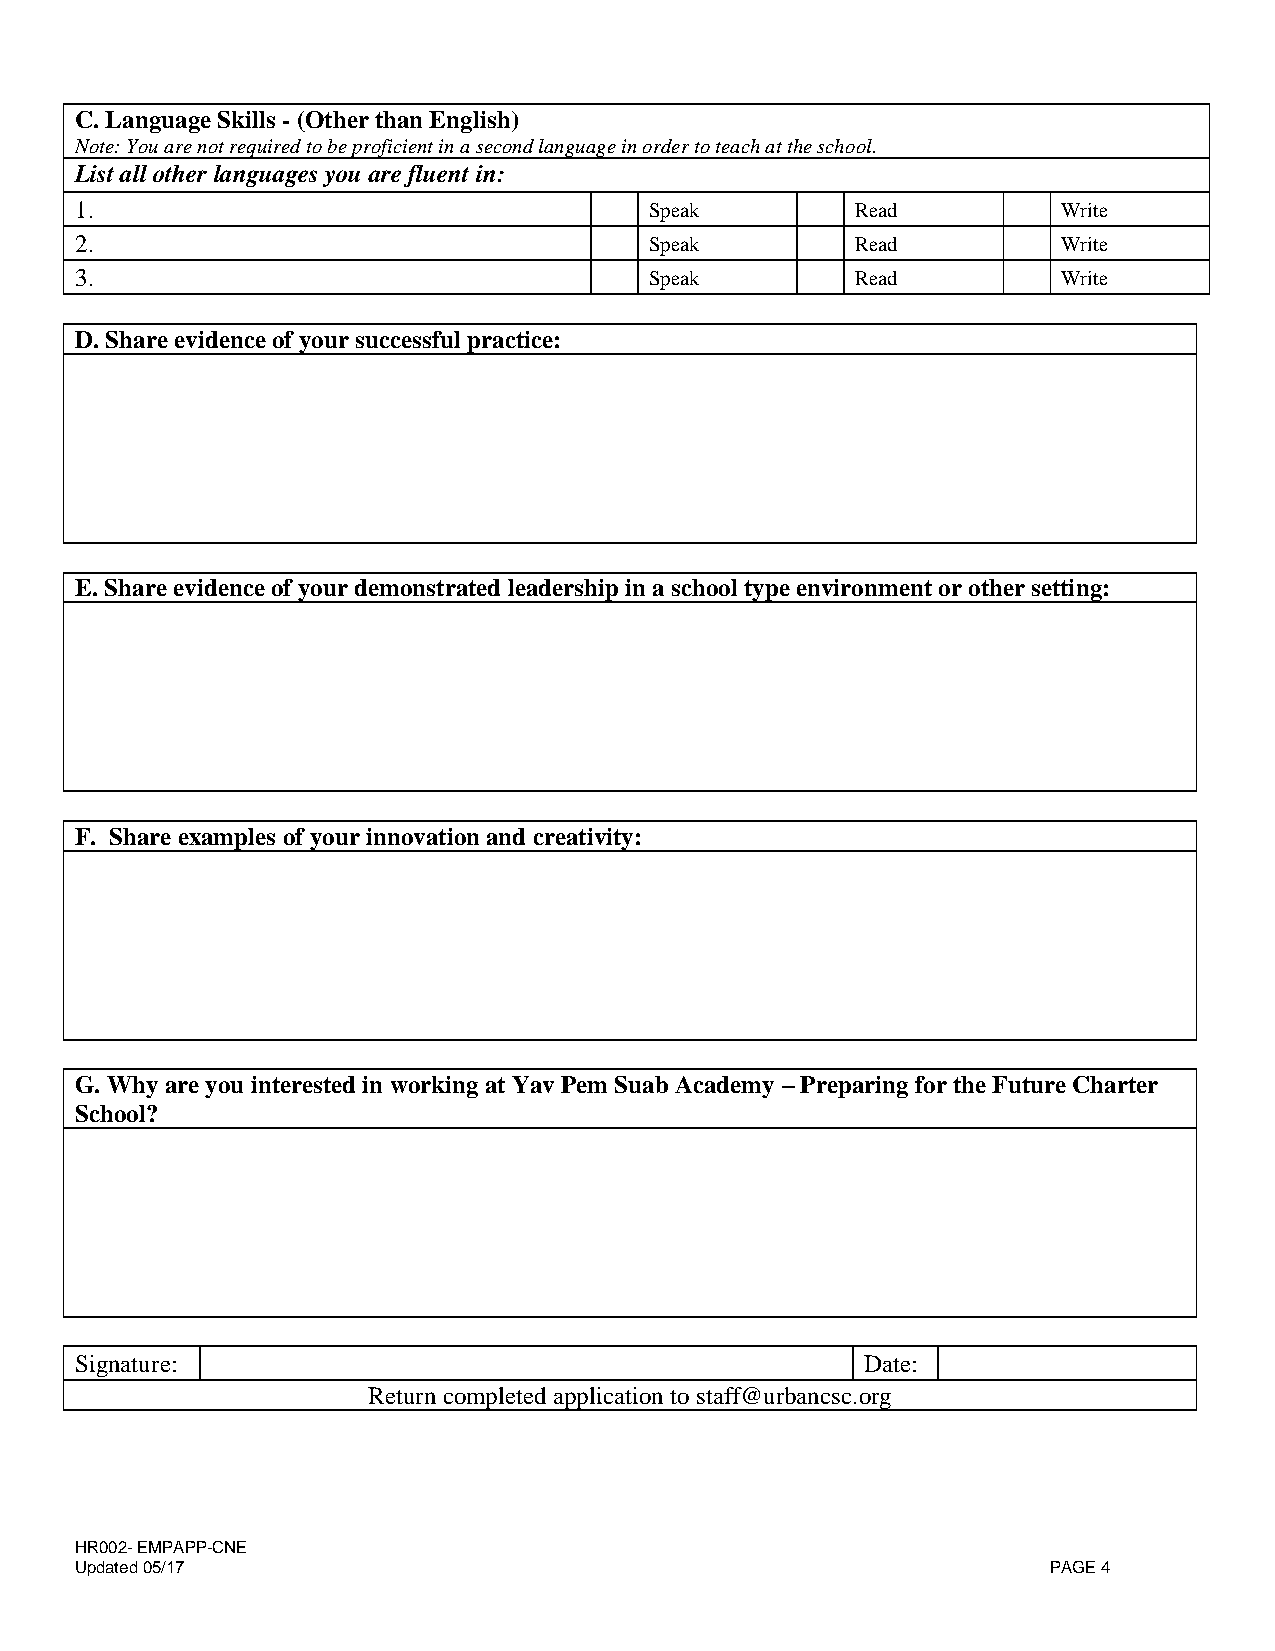
C. Language Skills - (Other than English)
 Note: You are not required to be proficient in a second language in order to teach at the school.
 List all other languages you are fluent in:
 1.                                    Speak         Read         Write
 2.                                    Speak         Read         Write
 3.                                    Speak         Read         Write
 D. Share evidence of your successful practice:
 E. Share evidence of your demonstrated leadership in a school type environment or other setting:
 F. Share examples of your innovation and creativity:
 G. Why are you interested in working at Yav Pem Suab Academy – Preparing for the Future Charter
 School?
 Signature:                                          Date:
 Return completed application to staff@urbancsc.org
 HR002- EMPAPP-CNE
 Updated 05/17                                                    PAGE 4